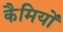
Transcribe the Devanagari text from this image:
कैमियों